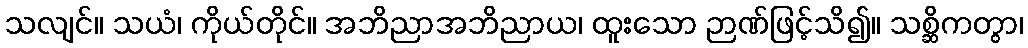
သလျင်။ သယံ၊ ကိုယ်တိုင်။ အဘိညာအဘိညာယ၊ ထူးသော ဉာဏ်ဖြင့်သိ၍။ သစ္ဆိကတွာ၊